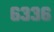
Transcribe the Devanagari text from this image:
६३३६